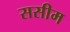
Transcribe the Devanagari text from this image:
ससीम